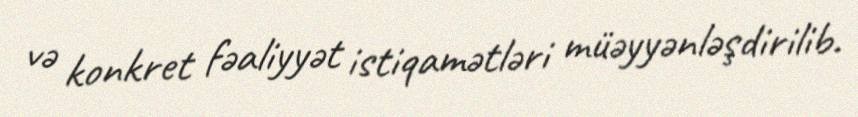
və konkret fəaliyyət istiqamətləri müəyyənləşdirilib.